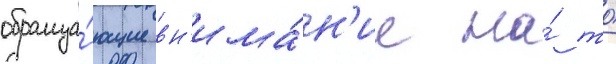
обраща́ющие вн'има́н'ие на́ то́